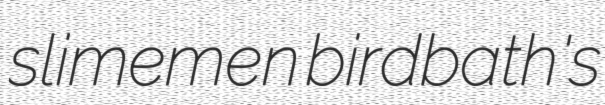
slimemen birdbath's